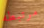
مرتبطه